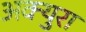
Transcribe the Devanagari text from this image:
अक्युरा